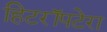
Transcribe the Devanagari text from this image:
हिटरॉपटेरा